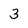
Character: 3